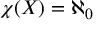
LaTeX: \chi ( X ) = \aleph _ { 0 }